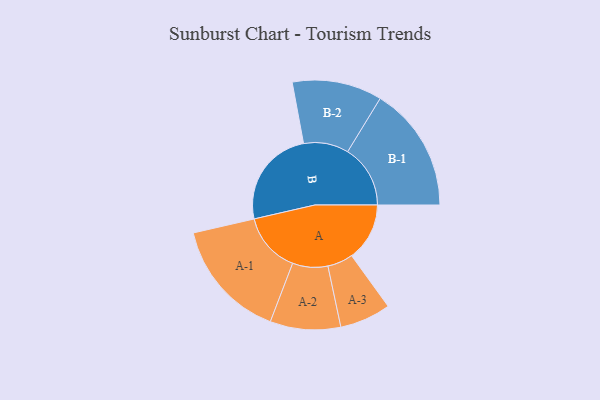
{"axis": {"x": "Segment", "y": "Value"}, "legend": ["", "A", "B"], "data": [{"x": "A", "y": 245, "type": ""}, {"x": "B", "y": 418, "type": ""}, {"x": "A-1", "y": 254, "type": "A"}, {"x": "A-2", "y": 149, "type": "A"}, {"x": "A-3", "y": 108, "type": "A"}, {"x": "B-1", "y": 265, "type": "B"}, {"x": "B-2", "y": 190, "type": "B"}]}